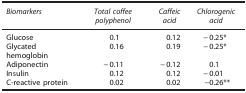
<table><thead><tr><td><b><i>Biomarkers</i></b></td><td><b><i>Total coffee polyphenol</i></b></td><td><b><i>Caffeic acid</i></b></td><td><b><i>Chlorogenic acid</i></b></td></tr></thead><tbody><tr><td>Glucose</td><td>0.1</td><td>0.12</td><td>−0.25*</td></tr><tr><td>Glycated hemoglobin</td><td>0.16</td><td>0.19</td><td>−0.25*</td></tr><tr><td>Adiponectin</td><td>−0.11</td><td>−0.12</td><td>0.1</td></tr><tr><td>Insulin</td><td>0.12</td><td>0.12</td><td>−0.01</td></tr><tr><td>C-reactive protein</td><td>0.02</td><td>0.02</td><td>−0.26**</td></tr></tbody></table>